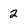
Character: 2